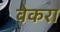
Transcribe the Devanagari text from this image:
वेकरा